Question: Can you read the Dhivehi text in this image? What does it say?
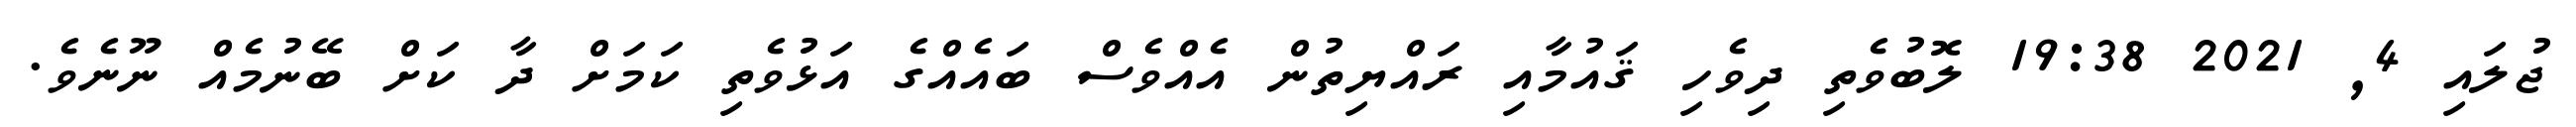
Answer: ޖުލައި 4, 2021 19:38 ލޮބުވެތި ދިވެހި ޤައުމާއި ރައްޔިތުން އެއްވެސް ބައެއްގެ އަޅުވެތި ކަމަށް ދާ ކަށް ބޭނުމެއް ނޫނެވެ.